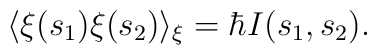
\langle \xi(s_1) \xi(s_2)\rangle_{\xi} = \hbar I(s_1,s_2).